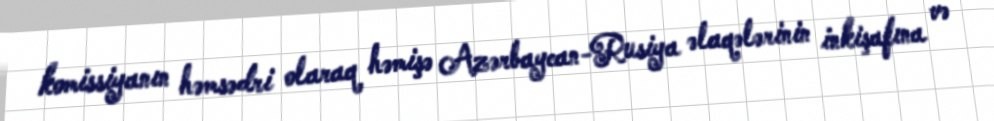
komissiyanın həmsədri olaraq həmişə Azərbaycan-Rusiya əlaqələrinin inkişafına və